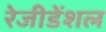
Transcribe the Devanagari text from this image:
रेजीडेंशल